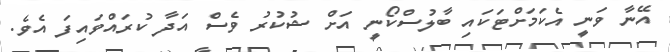
އޭނާ ވަނީ އެކަމަށްޓަކައި ބާލުސްކޯނީ އަށް ޝުކުރު ވެސް އަދާ ކުރައްވައިފަ އެވެ.